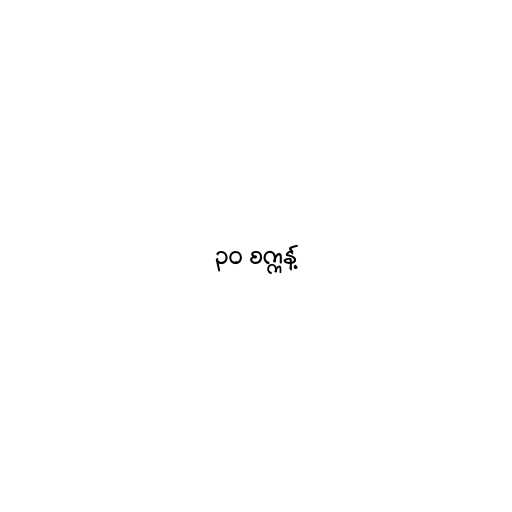
၃၀ စက္ကန့်